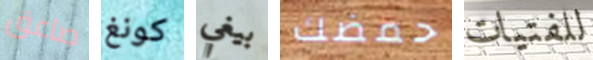
صاعق كونغ بيغي حمضك للفتيات